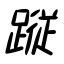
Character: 蹤